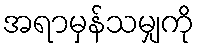
အရာမှန်သမျှကို